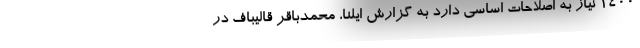
۱۴۰۰ نیاز به اصلاحات اساسی دارد به گزارش ایلنا، محمدباقر قالیباف در